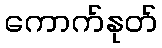
ကောက်နုတ်